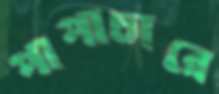
পাপাচারে